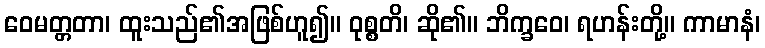
ဝေမတ္တတာ၊ ထူးသည်၏အဖြစ်ဟူ၍။ ဝုစ္စတိ၊ ဆို၏။ ဘိက္ခဝေ၊ ရဟန်းတို့။ ကာမာနံ၊